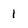
Character: I